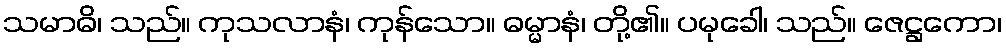
သမာဓိ၊ သည်။ ကုသလာနံ၊ ကုန်သော။ ဓမ္မာနံ၊ တို့၏။ ပမုခေါ၊ သည်။ ဇေဋ္ဌကော၊